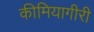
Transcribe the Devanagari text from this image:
कीमियागीरी